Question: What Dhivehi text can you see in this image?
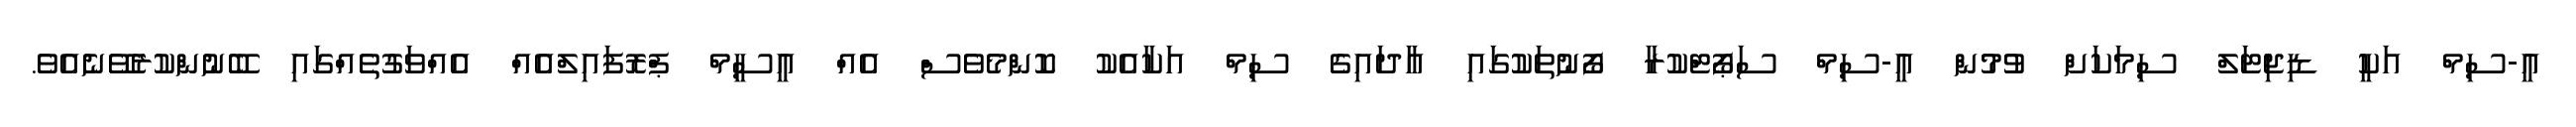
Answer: އީ-ސިމް އަކީ ޑިޖިޓަލް ސިމަކަށް ވުމުން އީ-ސިމް ސަޕޯޓްކުރާ ފޯނުތަކުގައި އާދައިގެ ސިމް އަކާއެކު ކޮންމެވެސް އެއް އީސީމް ޕްރޮފައިލްއެއް އެއްވަގުތެއްގައި ބޭނުންކުރެވޭނެއެވެ.